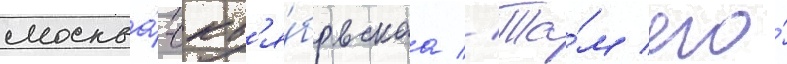
москва́-окт'я́брьскаа // Та́м его́